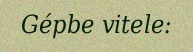
Gépbe vitele: